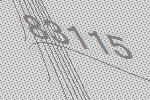
83115